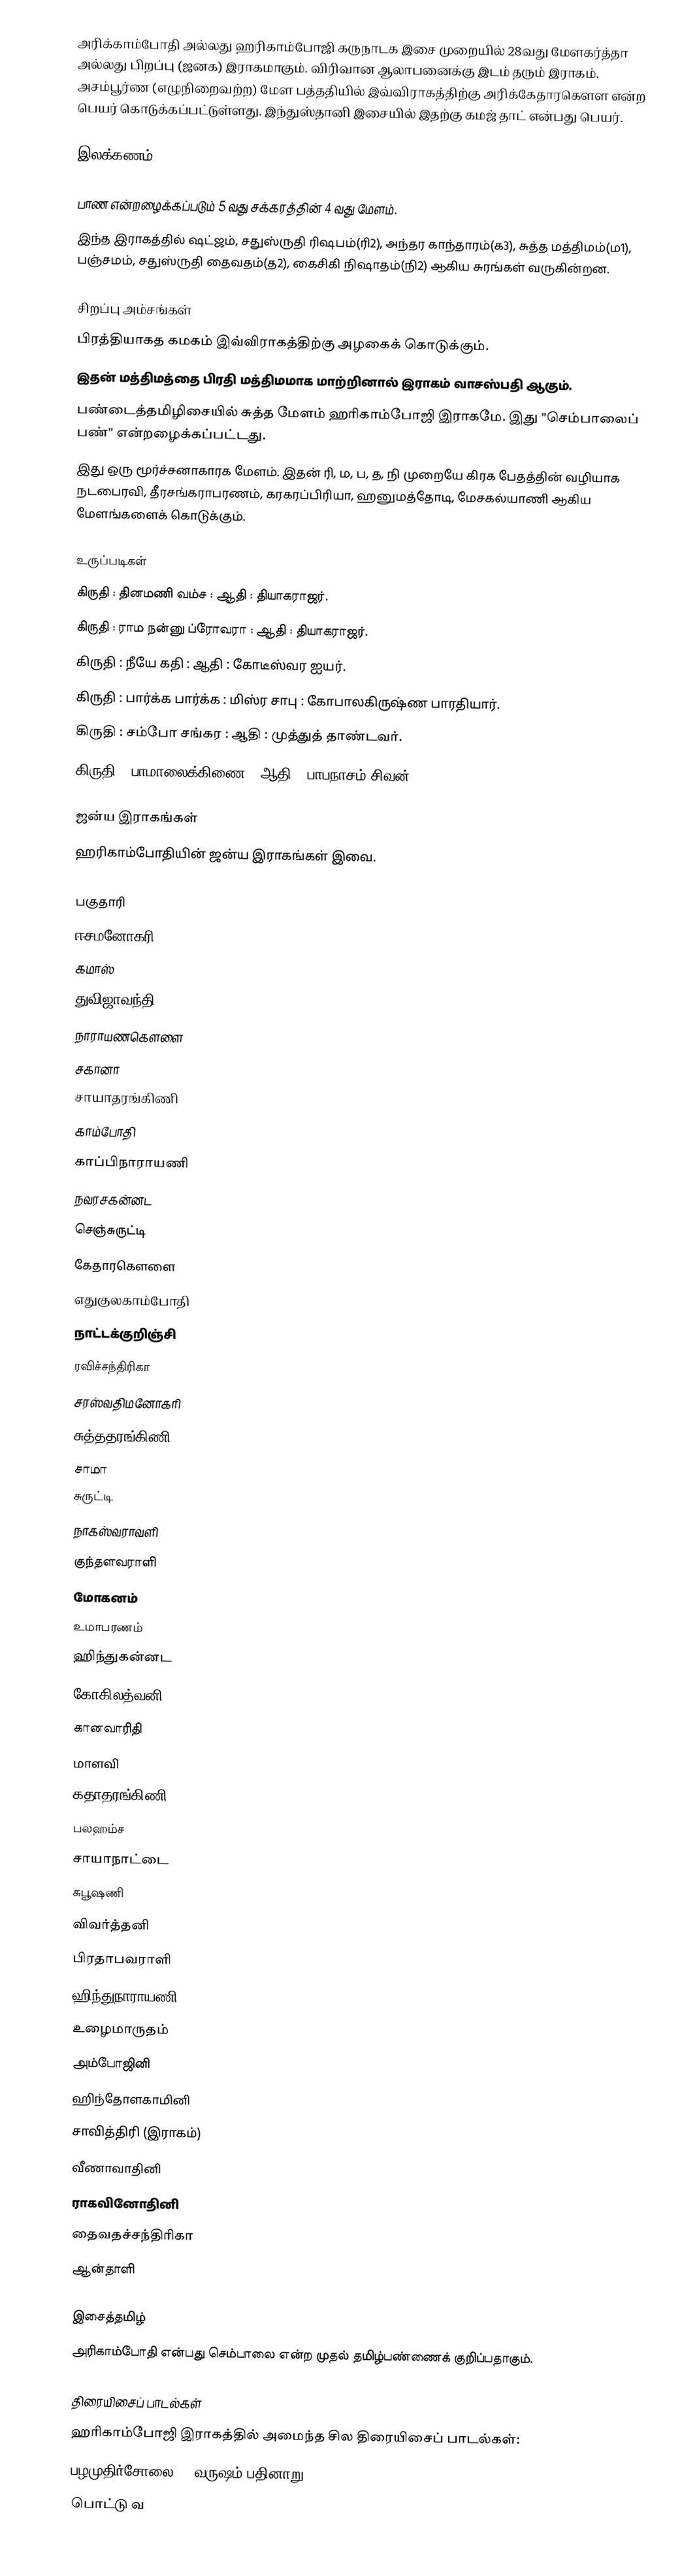
அரிக்காம்போதி அல்லது ஹரிகாம்போஜி கருநாடக இசை முறையில் 28வது மேளகர்த்தா அல்லது பிறப்பு (ஜனக) இராகமாகும். விரிவான ஆலாபனைக்கு இடம் தரும் இராகம். அசம்பூர்ண (எழுநிறைவற்ற) மேள பத்ததியில் இவ்விராகத்திற்கு அரிக்கேதாரகௌள என்ற பெயர் கொடுக்கப்பட்டுள்ளது.  இந்துஸ்தானி இசையில் இதற்கு கமஜ் தாட் என்பது பெயர்.

இலக்கணம்

 பாண என்றழைக்கப்படும் 5 வது சக்கரத்தின் 4 வது மேளம்.
 இந்த இராகத்தில் ஷட்ஜம், சதுஸ்ருதி ரிஷபம்(ரி2), அந்தர காந்தாரம்(க3), சுத்த மத்திமம்(ம1), பஞ்சமம், சதுஸ்ருதி தைவதம்(த2), கைசிகி நிஷாதம்(நி2) ஆகிய சுரங்கள் வருகின்றன.

சிறப்பு அம்சங்கள்
 பிரத்தியாகத கமகம் இவ்விராகத்திற்கு அழகைக் கொடுக்கும்.
 இதன் மத்திமத்தை பிரதி மத்திமமாக மாற்றினால் இராகம் வாசஸ்பதி ஆகும்.
 பண்டைத்தமிழிசையில் சுத்த மேளம் ஹரிகாம்போஜி இராகமே. இது "செம்பாலைப் பண்" என்றழைக்கப்பட்டது.
 இது ஒரு மூர்ச்சனாகாரக மேளம். இதன் ரி,  ம, ப, த, நி முறையே கிரக பேதத்தின் வழியாக நடபைரவி, தீரசங்கராபரணம், கரகரப்பிரியா, ஹனுமத்தோடி, மேசகல்யாணி ஆகிய மேளங்களைக் கொடுக்கும்.

உருப்படிகள்
கிருதி	: தினமணி வம்ச		: ஆதி		: தியாகராஜர்.
கிருதி		: ராம நன்னு ப்ரோவரா	: ஆதி		: தியாகராஜர்.
கிருதி		: நீயே கதி		: ஆதி		: கோடீஸ்வர ஐயர்.
கிருதி		: பார்க்க பார்க்க		: மிஸ்ர சாபு	: கோபாலகிருஷ்ண பாரதியார்.
கிருதி		: சம்போ சங்கர		: ஆதி		: முத்துத் தாண்டவர்.
கிருதி		: பாமாலைக்கிணை	: ஆதி		: பாபநாசம் சிவன்.

ஜன்ய இராகங்கள்
ஹரிகாம்போதியின் ஜன்ய இராகங்கள் இவை.

 பகுதாரி
 ஈசமனோகரி
 கமாஸ்
 துவிஜாவந்தி
 நாராயணகௌளை
 சகானா
 சாயாதரங்கிணி
 காம்போதி
 காப்பிநாராயணி
 நவரசகன்னட
 செஞ்சுருட்டி
 கேதாரகௌளை
 எதுகுலகாம்போதி
 நாட்டக்குறிஞ்சி
 ரவிச்சந்திரிகா
 சரஸ்வதிமனோகரி
 சுத்ததரங்கிணி
 சாமா
 சுருட்டி
 நாகஸ்வராவளி
 குந்தளவராளி
 மோகனம்
 உமாபரணம்
 ஹிந்துகன்னட
 கோகிலத்வனி
 கானவாரிதி
 மாளவி
 கதாதரங்கிணி
 பலஹம்ச
 சாயாநாட்டை
 சுபூஷணி
 விவர்த்தனி
 பிரதாபவராளி
 ஹிந்துநாராயணி
 உழைமாருதம்
 அம்போஜினி
 ஹிந்தோளகாமினி
 சாவித்திரி (இராகம்)
 வீணாவாதினி
 ராகவினோதினி
 தைவதச்சந்திரிகா
 ஆன்தாளி

இசைத்தமிழ்
அரிகாம்போதி  என்பது செம்பாலை என்ற முதல் தமிழ்பண்ணைக் குறிப்பதாகும்.

திரையிசைப் பாடல்கள்
ஹரிகாம்போஜி இராகத்தில் அமைந்த சில திரையிசைப் பாடல்கள்:
 பழமுதிர்சோலை :- வருஷம் பதினாறு
 பொட்டு வ